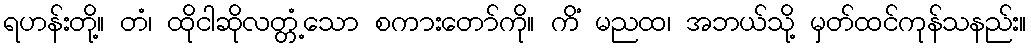
ရဟန်းတို့။ တံ၊ ထိုငါဆိုလတ္တံ့သော စကားတော်ကို။ ကိံ မညထ၊ အဘယ်သို့ မှတ်ထင်ကုန်သနည်း။